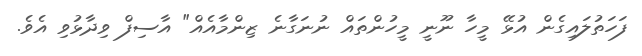
ފަހަތުލައިގެން އުޅޭ މީހާ ނޫނީ މީހުންތައް ނުނަގާނެ ޒިންމާއެއް" އާސިފް ވިދާޅުވި އެވެ.